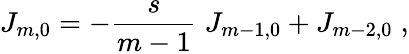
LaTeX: J_{m,0}=-\frac{s}{m-1}\; J_{m-1,0}+J_{m-2,0}\; ,